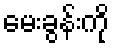
မေးခွန်းကို